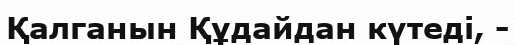
Қалганын Құдайдан күтеді, -